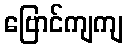
ဗြောင်ကျကျ